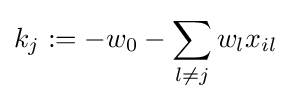
k_{j}:=-w_{0}-\sum _{l\neq j}w_{l}x_{il}